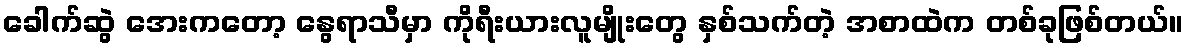
ခေါက်ဆွဲ အေးကတော့ နွေရာသီမှာ ကိုရီးယားလူမျိုးတွေ နှစ်သက်တဲ့ အစာထဲက တစ်ခုဖြစ်တယ်။